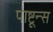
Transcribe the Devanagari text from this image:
पाष्टून्स